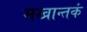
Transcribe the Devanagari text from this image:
मखान्तकं